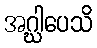
အဂ္ဃါပေသိ